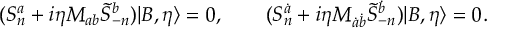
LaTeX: ( S _ { n } ^ { a } + i \eta M _ { a b } \tilde { S } _ { - n } ^ { b } ) | B , \eta \rangle = 0 , \qquad ( S _ { n } ^ { \dot { a } } + i \eta M _ { \dot { a } \dot { b } } \tilde { S } _ { - n } ^ { \dot { b } } ) | B , \eta \rangle = 0 .